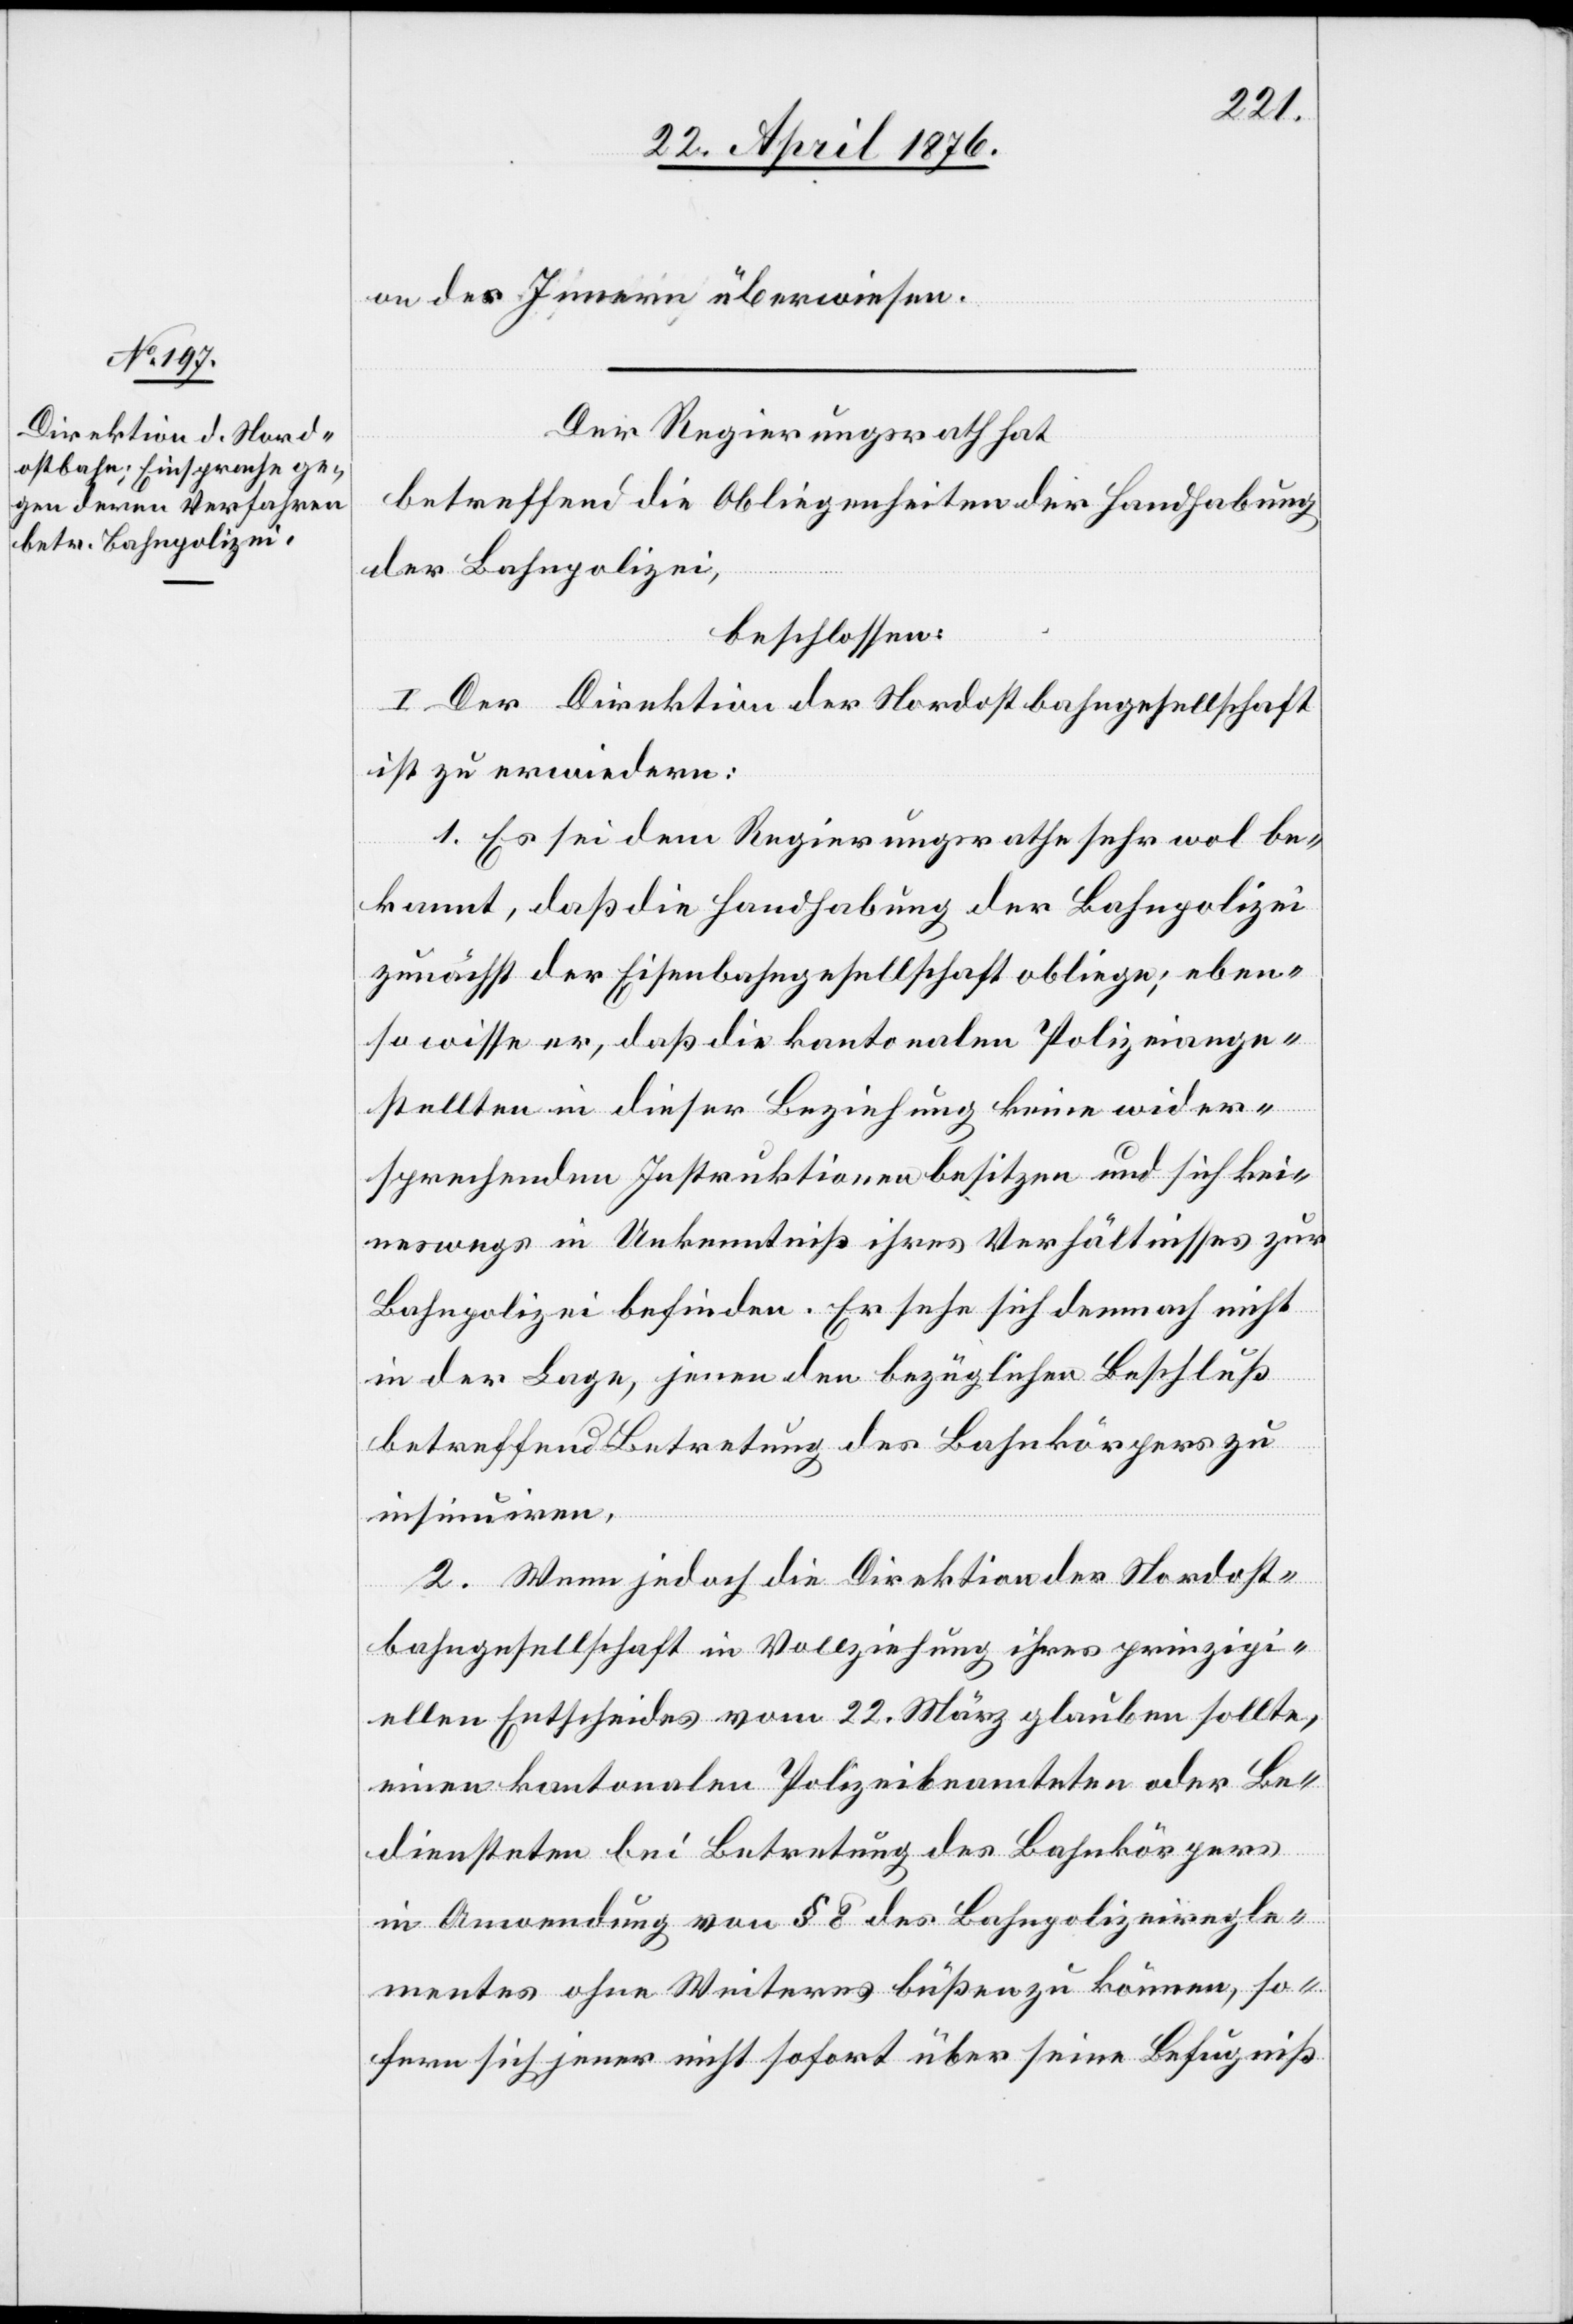
on des Innern überwiesen.
Der Regierungsrath hat
betreffend die Obliegenheiten der Handhabung
der Bahnpolizei,
beschlossen:
I. Der Direktion der Nordostbahngesellschaft
ist zu erwiedern:
1. Es sei dem Regierungsrathe sehr wol be¬
kannt, daß die Handhabung der Bahnpolizei
zunächst der Eisenbahngesellschaft obliege; eben¬
so wisse er, daß die kantonalen Polizeiange¬
stellten in dieser Beziehung keine wider¬
sprechenden Instruktionen besitzen und sich kei¬
neswegs in Unkenntniß ihres Verhältnisses zur
Bahnpolizei befinden. Er sehe sich demnach nicht
in der Lage, jenen den bezüglichen Beschluß
betreffend Betretung des Bahnkörpers zu
insinuiren.
2. Wenn jedoch die Direktion der Nordost¬
bahngesellschaft in Vollziehung ihres prinzipi¬
ellen Entscheides vom 22. März glauben sollte,
einen kantonalen Polizeibeamteten oder Be¬
diensteten bei Betretung des Bahnkörpers
in Anwendung von § 8 des Bahnpolizeiregle¬
mentes ohne Weiteres büßen zu können, so¬
fern sich jener nicht sofort über seine Befugniß